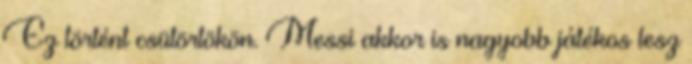
Ez történt csütörtökön. Messi akkor is nagyobb játékos lesz